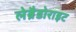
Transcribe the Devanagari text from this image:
लेब्रैडोराइट